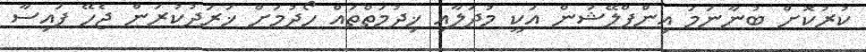
ކުރުކޮށް ބުނާނަމަ އިންފްލޭޝަން އަކީ މުދަލާއި ޚިދުމަތްތައް ހޯދުމަށް ޚަރަދުކުރަން ޖެހޭ ފައިސާ